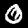
Digit: 0